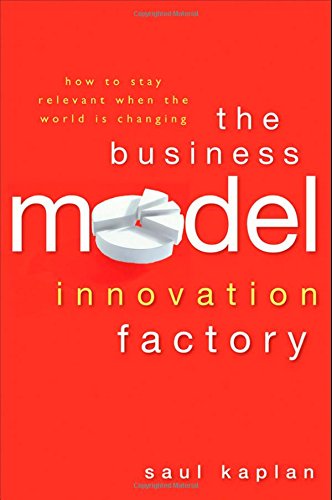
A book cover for The Business Model Innovation Factory: How to Stay Relevant When The World is Changing; Saul Kaplan; Business & Money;